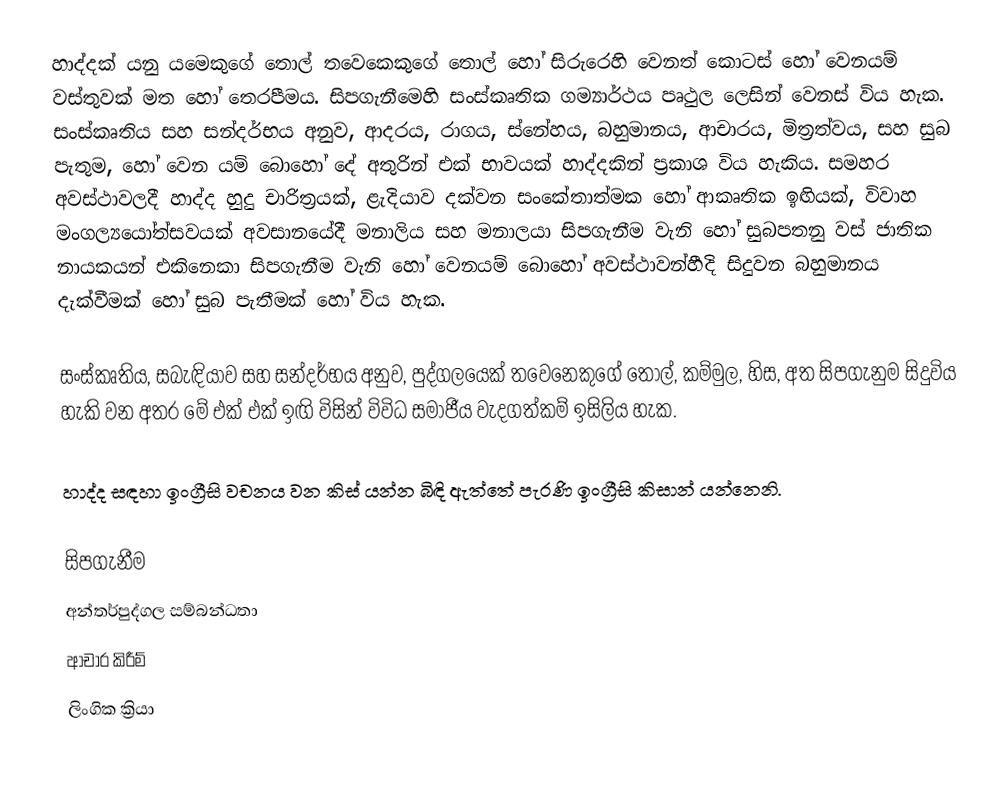
හාද්දක් යනු යමෙකුගේ තොල් තවෙකෙකුගේ තොල් හෝ සිරුරෙහි වෙනත් කොටස් හෝ වෙනයම් වස්තුවක් මත හෝ තෙරපීමය. සිපගැනීමෙහි සංස්කෘතික ගම්‍යාර්ථය පෘථුල ලෙසින් වෙනස් විය හැක. සංස්කෘතිය සහ සන්දර්භය අනුව, ආදරය, රාගය, ස්නේහය, බහුමානය, ආචාරය, මිත්‍රත්වය, සහ සුබ පැතුම, හෝ වෙන යම් බොහෝ දේ අතුරින් එක් භාවයක් හාද්දකින් ප්‍රකාශ විය හැකිය. සමහර අවස්ථාවලදී හාද්ද හුදු චාරිත්‍රයක්, ළැදියාව දක්වන සංකේතාත්මක හෝ ආකෘතික ඉඟියක්, විවාහ මංගල්‍යයෝත්සවයක් අවසානයේදී මනාලිය සහ මනාලයා සිපගැනීම වැනි හෝ සුබපතනු වස් ජාතික නායකයන් එකිනෙකා සිපගැනීම වැනි හෝ වෙනයම් බොහෝ අවස්ථාවන්හීදි සිදුවන බහුමානය දැක්වීමක් හෝ සුබ පැතීමක් හෝ විය හැක.

සංස්කෘතිය, සබැඳියාව සහ සන්දර්භය අනුව, පුද්ගලයෙක් තවෙනෙකුගේ තොල්, කම්මුල, හිස, අත සිපගැනුම සිදුවිය හැකි වන අතර මේ එක් එක් ඉඟි  විසින් විවිධ සමාජීය වැදගත්කම් ඉසිලිය හැක.

හාද්ද සඳහා ඉංග්‍රීසි වචනය වන කිස් යන්න බිඳි ඇත්තේ පැරණි ඉංග්‍රීසි කිසාන්  යන්නෙනි.

සිපගැනීම
අන්තර්පුද්ගල සම්බන්ධතා
ආචාර කිරීම්
ලිංගික ක්‍රියා